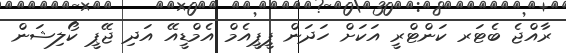
ރާއްޖެ ބެޓަރ ކަންޓްރީ އަކަށް ހަދަން ޕީޕީއެމް އެމްޑީއޭ އަދި ޖޭޕީ ކޯލިޝަން